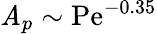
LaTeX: \mathit{A}_{p}\sim\mathrm{{Pe}}^{-0.35}